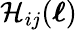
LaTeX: \mathcal{H}_{ij}(\boldsymbol{\ell})